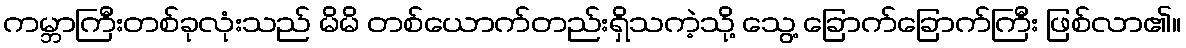
ကမ္ဘာကြီးတစ်ခုလုံးသည် မိမိ တစ်ယောက်တည်းရှိသကဲ့သို့ သွေ့ ခြောက်ခြောက်ကြီး ဖြစ်လာ၏။